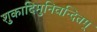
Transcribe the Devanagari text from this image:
शुकादिमुनिवन्दितम्